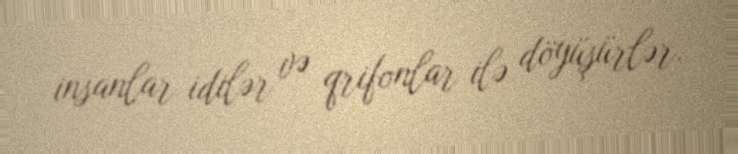
insanlar idilər və qrifonlar ilə döyüşürlər.